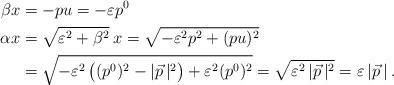
LaTeX: \begin{align*}\beta x &= -p u = -\varepsilon p^0 \\\alpha x &= \sqrt{\varepsilon^2 + \beta^2}\:x= \sqrt{-\varepsilon^2 p^2 + (p u)^2} \\&= \sqrt{-\varepsilon^2 \,\big( (p^0)^2 - |\vec{p}\,|^2 \big) + \varepsilon^2 (p^0)^2}= \sqrt{\varepsilon^2 \, |\vec{p}\,|^2} = \varepsilon\, |\vec{p}\,| \:.\end{align*}